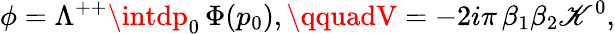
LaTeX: \phi=\Lambda^{++}\intdp_{0}\, \Phi(p_{0}),\qquadV=-2i\pi\, \beta_{1}\beta_{2}\mathscr{K}^{0},